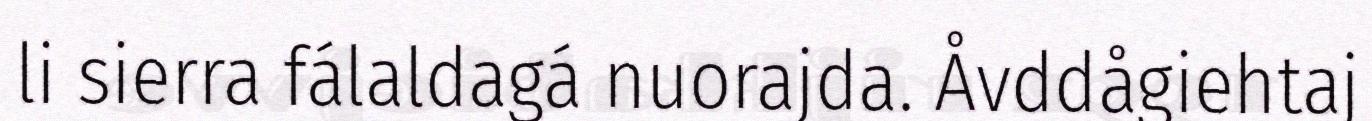
li sierra fálaldagá nuorajda. Åvddågiehtaj